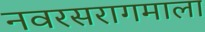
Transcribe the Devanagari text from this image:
नवरसरागमाला